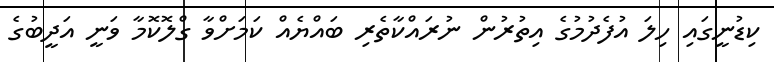
ކިޑުނީގައި ހިލަ އުފެދުމުގެ އިތުރުން ނުރައްކާތެރި ބައްޔެއް ކަމަށްވާ ގްލޮކޮމާ ވަނީ އަދީބުގެ